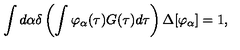
\int d \alpha \delta \left( \int \varphi _ { \alpha } ( \tau ) G ( \tau ) d \tau \right) \Delta [ \varphi _ { \alpha } ] = 1 ,